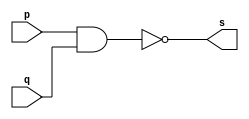
// -------------------------
// Exercicio0001 - NAND
// Nome: Guilherme Gideoni Albinati Batista
// ------------------------- 
// -- nand gate 
// ------------------------- 
module nandgate ( output s, input p, input q); 
	assign s = ~(p & q); 
endmodule  
// --------------------- 
// -- test 
// ---------------------  
module testnandgate; 
	reg a, b; // definir registradores 
	wire s; // definir conexao (fio) 
	// ------------------------- instancia 
	nandgate NAND1 (s, a, b);  
	// ------------------------- preparacao 
	initial begin:start 
	// atribuicao simultanea 
	// dos valores iniciais 
	a=0; b=0; 
	end 
	initial begin
		// execucao unitaria
		$display("Exercicio 0001 - Guilherme Gideoni Albinati Batista - 451565");
		$display("Test NAND"); 
		$display("\na & b = s\n"); 
		a=0; b=0; 
		#1 $display("%b & %b = %b", a, b, s); 
		a=0; b=1; 
		#1 $display("%b & %b = %b", a, b, s); 
		a=1; b=0; 
		#1 $display("%b & %b = %b", a, b, s); 
		a=1; b=1; 
		#1 $display("%b & %b = %b", a, b, s);  
	end
endmodule